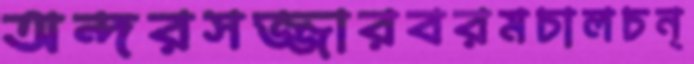
অন্দরসজ্জারবরমচালচন্